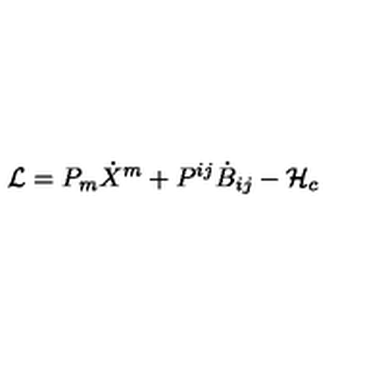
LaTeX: { \cal L } = P _ { m } \dot { X } ^ { m } + P ^ { i j } \dot { B } _ { i j } - { \cal H } _ { c }